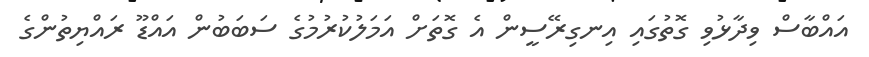
އައްބާސް ވިދާޅުވި ގޮތުގައި އިނގިރޭސީން އެ ގޮތަށް އަމަލުކުރުމުގެ ސަބަބުން އައްޑޫ ރައްޔިތުންގެ